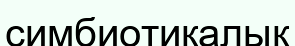
симбиотикалық